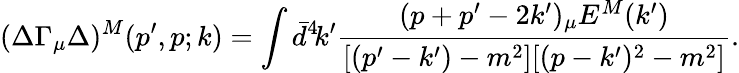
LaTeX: (\Delta\Gamma_{\mu}\Delta)^{M}(p^{\prime},p;k)=\int\bar{d}^{4}\! k^{\prime}\frac{(p+p^{\prime}-2k^{\prime})_{\mu}E^{M}(k^{\prime})}{[(p^{\prime}-k^{\prime})-m^{2}][(p-k^{\prime})^{2}-m^{2}]}.